Report on sanitation, dispensaries, and jails in Rajputana for 1921, and on vaccination for the year 1921-1922 - 1921-1922
Year: 1921
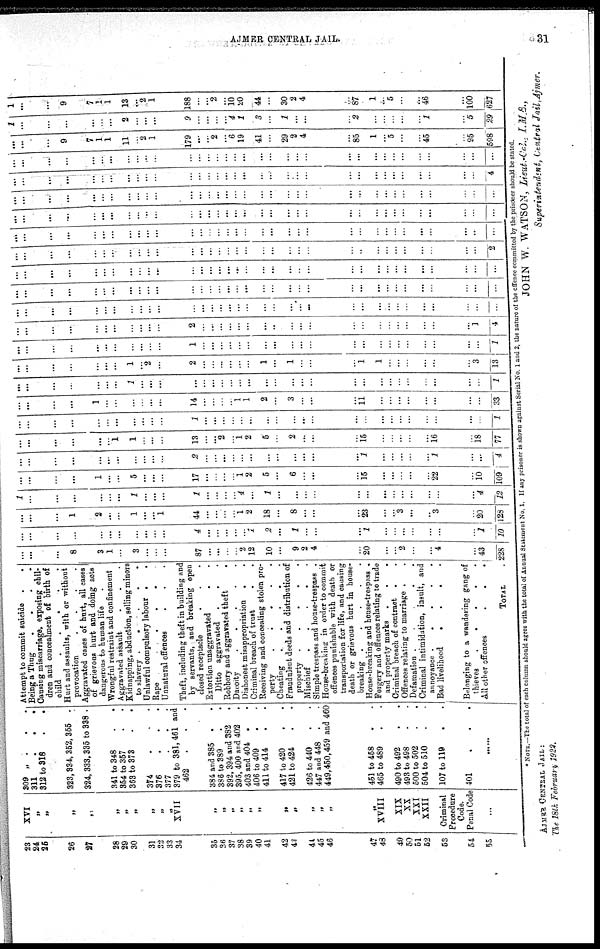
AJMER CENTRAL JAIL.
31
23
24
25
26
27
28
29
30
31
32
33
34
35
36
37
38
39
40
41
42
43
44
45
46
47
48
49
50
51
52
53
54
55
XVI
„
„
„
„
„
„
„
„
„
„
XVII
„
„
„
„
„
„
„
„
„
„
„
„
„
XVIII
XIX
XX
XXI
XXII
Criminal
Procedure
Code.
Penal Code
...
309
„
...
311
. . .
312 to 318 . .
323, 334, 352, 355.
324, 333, 335 to 338 .
341 to 348..
354 to 357..
363 to 373..
374...
376...
377...
379 to 381, 461 and
462 .
. .
384 and 385..
386 to 389..
392, 394 and 382.
395, 400 and 402.
403 and 404..
406 to 409..
411 to 414 . .
417 to 420 . .
421 to 424 . .
426 to 440..
447 and 448..
449, 450, 459 and 460
451 to 458 . .
465 to 489 . .
490 to 492 . .
493 to 498 . .
500 to 502 . .
504 to 510 . .
107 to 119 . .
401
.
.
.
......
Attempt to commit suicide..
Being a Thug
. . . .
Causing miscarriage, exposing chil-
dren and concealment of birth of
child
.
.
.
. .
.
Hurt and assaults, with or without
provocation
.
.
.
.
Aggravated cases of hurt, all cases
of grievous hurt and doing acts
dangerous to human life.
Wrongful restraint and confinement
Aggravated assault...
Kidnapping, abduction, selling minors
to slavery.....
Unlawful compulsory labour..
Rape....
Unnatural offences...
Theft, including theft in building and
by servants, and breaking open
closed receptacle...
Extortion unaggravated..
Ditto aggravated...
Robbery and aggravated theft
.
Dacoity.....
Dishonest misappropriation..
Criminal breach of trust . .
Receiving and concealing stolen pro-
perty. . . . .
Cheating
.
.
.
.
.
Fraudulent deeds and distribution of
property.....
Mischief.....
Simple trespass and house-trespass.
House-breaking in order to commit
offences punishable with death or
transportation for life, and causing
death or grievous hurt in house-
breaking . . . . .
House-breaking and house-trespass.
Forgery and offences relating to trade
and property marks...
Criminal breach of contract . .
Offences relating to marriage . .
Defamation .
.
.
.
.
Criminal intimidation, insult, and
annoyance .
.
.
.
.
Bad livelihood
.
.
.
.
Belonging to a wandering gang of
thieves
.
.
.
.
.
All other offences
.
.
.
TOTAL .
...
...
...
8
3
1
...
3
...
...
...
87
...
...
...
...
2
12
10
...
9
2
4
...
20
...
...
2
...
...
4
...
43
228
...
...
...
...
...
...
...
...
...
...
...
4
...
...
...
...
...
1
2
...
1
...
...
...
1
...
...
...
...
...
...
...
1
10
...
...
...
1
2
...
...
1
...
...
1
44
...
...
...
...
1
2
18
...
8
...
...
...
23
...
...
3
...
...
3
...
20
128
1
...
...
...
...
...
...
1
...
...
...
1
...
...
...
...
4
...
1
...
...
...
...
...
...
...
...
...
...
...
...
...
4
12
...
...
...
...
1
...
...
5
...
...
...
17
...
...
...
...
1
2
5
...
6
...
...
...
15
...
...
...
...
...
22
...
10
109
...
...
...
...
...
...
...
...
...
...
...
2
...
...
...
...
...
...
...
...
...
...
...
...
1
...
...
...
...
...
1
...
...
4
...
...
...
...
...
...
1
1
...
...
...
13
...
...
2
...
1
2
5
...
2
...
...
...
15
...
...
...
...
...
16
...
18
77
...
...
...
...
...
...
...
...
...
...
...
1
...
...
...
...
...
...
...
...
...
...
...
...
...
...
...
...
...
...
...
...
...
1
...
...
...
...
1
...
...
...
...
...
...
14
...
...
...
...
1 1
2
...
3
...
...
...
11
...
...
...
...
...
...
...
...
33
...
...
...
...
...
...
...
1
...
...
...
...
...
...
...
...
...
...
...
...
...
...
...
...
...
...
...
...
...
...
...
...
...
1
...
...
...
...
...
...
...
1
...
2
...
2
...
...
...
...
...
...
1
...
1
...
...
...
1
1
...
...
...
...
...
...
3
13
...
...
...
...
...
...
...
...
...
...
...
1
...
...
...
...
...
...
...
...
...
...
...
...
...
...
...
...
...
...
...
...
...
1
...
...
...
...
...
...
...
...
...
...
...
2
...
...
...
...
...
...
...
...
...
...
...
...
...
...
...
...
...
...
...
...
1
4
...
...
...
...
...
...
...
...
...
...
...
...
...
...
...
...
...
...
...
...
...
...
...
...
...
...
...
...
...
...
...
...
...
...
...
...
...
...
...
...
...
...
...
...
...
...
...
...
...
...
...
...
...
...
...
...
...
...
...
...
...
...
...
...
...
...
...
...
...
...
...
...
...
...
...
...
...
...
...
...
...
...
...
...
...
...
...
...
...
...
...
...
...
...
...
...
...
...
...
...
...
...
...
...
...
...
...
...
...
...
...
...
...
...
...
...
...
...
...
...
...
...
...
...
...
...
...
...
...
...
...
...
...
...
...
2
...
...
...
...
...
...
...
...
...
...
...
...
...
...
...
...
...
...
...
...
...
...
...
...
...
...
...
...
...
...
...
...
...
...
...
...
...
...
...
...
...
...
...
...
...
...
...
...
...
...
...
...
...
...
...
...
...
...
...
...
...
...
...
...
...
...
...
...
...
...
...
...
...
...
...
...
...
...
...
...
...
...
...
...
...
...
...
...
...
...
...
...
...
...
...
...
...
...
...
...
...
...
...
...
...
...
...
...
...
...
...
...
...
...
...
...
...
...
...
...
...
...
...
...
...
...
...
...
...
...
...
...
...
...
...
4
...
...
...
...
...
...
...
...
...
...
...
...
...
...
...
...
...
...
...
...
...
...
...
...
...
...
...
...
...
...
...
...
...
...
...
...
...
9
7
1
1
11
...
2
1
179
...
...
2
...
6
19
41
...
29
2
4
...
85
1
...
5
...
...
45
...
95
598
1
...
...
...
...
...
...
2
...
...
...
9
...
...
...
...
4
1
3
...
1
...
...
...
2
...
...
...
...
...
1
...
5
29
1
...
...
9
7
1
1
13
...
2
1
188
...
...
2
...
10
20
44
...
30
2
4
...
87
1
...
5
...
...
46
...
100
627
* NOTE.—The total of each column should agree with the total of Annual Statement No. 1. If any prisoner is shown against Serial No. 1 and 2, the nature of the offence committed by the prisoner should be stated.
JOHN W. WATSON, Lieut.-Col., I.M.S.,
Superintendent, Central Jail,Ajmer.
AJMER CENTRAL JAIL:
The 18th February 1922.